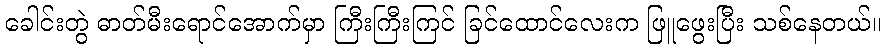
ခေါင်းတွဲ ဓာတ်မီးရောင်အောက်မှာ ကြီးကြီးကြင် ခြင်ထောင်လေးက ဖြူဖွေးပြီး သစ်နေတယ်။